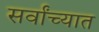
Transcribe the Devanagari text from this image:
सर्वांच्यात